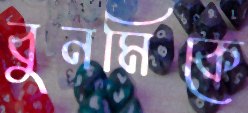
বুনমিকে